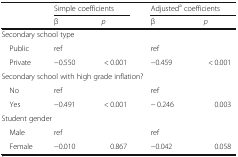
| <ROWSPAN=2>  | <COLSPAN=2> Simple coefficients | <COLSPAN=2> Adjusteda coefficients |
 | β | p | β | p |
 | --- | --- | --- | --- | --- |
 | <COLSPAN=5> Secondary school type |
 | Public | ref |  | ref |  |
 | Private | −0.550 | < 0.001 | −0.459 | < 0.001 |
 | <COLSPAN=5> Secondary school with high grade inflation? |
 | No | ref |  | ref |  |
 | Yes | −0.491 | < 0.001 | − 0.246 | 0.003 |
 | <COLSPAN=5> Student gender |
 | Male | ref |  | ref |  |
 | Female | −0.010 | 0.867 | −0.042 | 0.058 |